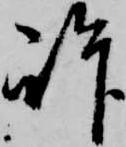
許